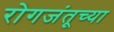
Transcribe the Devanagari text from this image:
रोगजंतूच्या